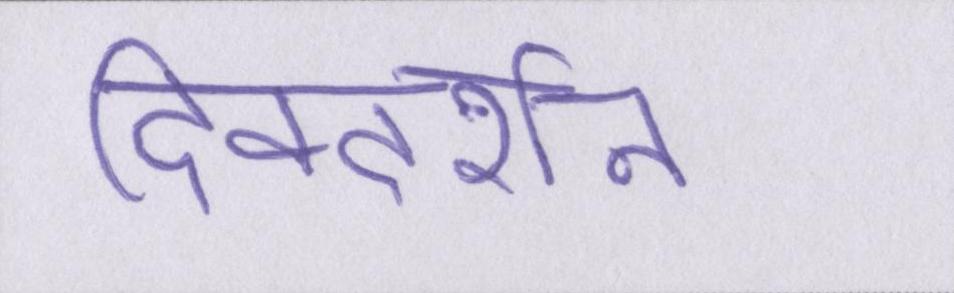
दिक्दर्शन